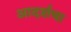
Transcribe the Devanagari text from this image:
आदर्शचा